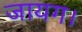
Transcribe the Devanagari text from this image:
जायग।